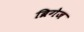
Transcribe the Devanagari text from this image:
ब्रिगेज